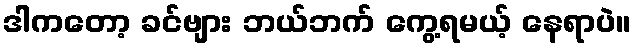
ဒါကတော့ ခင်ဗျား ဘယ်ဘက် ကွေ့ရမယ့် နေရာပဲ။